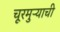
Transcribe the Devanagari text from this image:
चूरमुऱ्याची